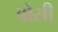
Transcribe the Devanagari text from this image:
बोसी